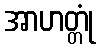
အာဟတ္တုံ